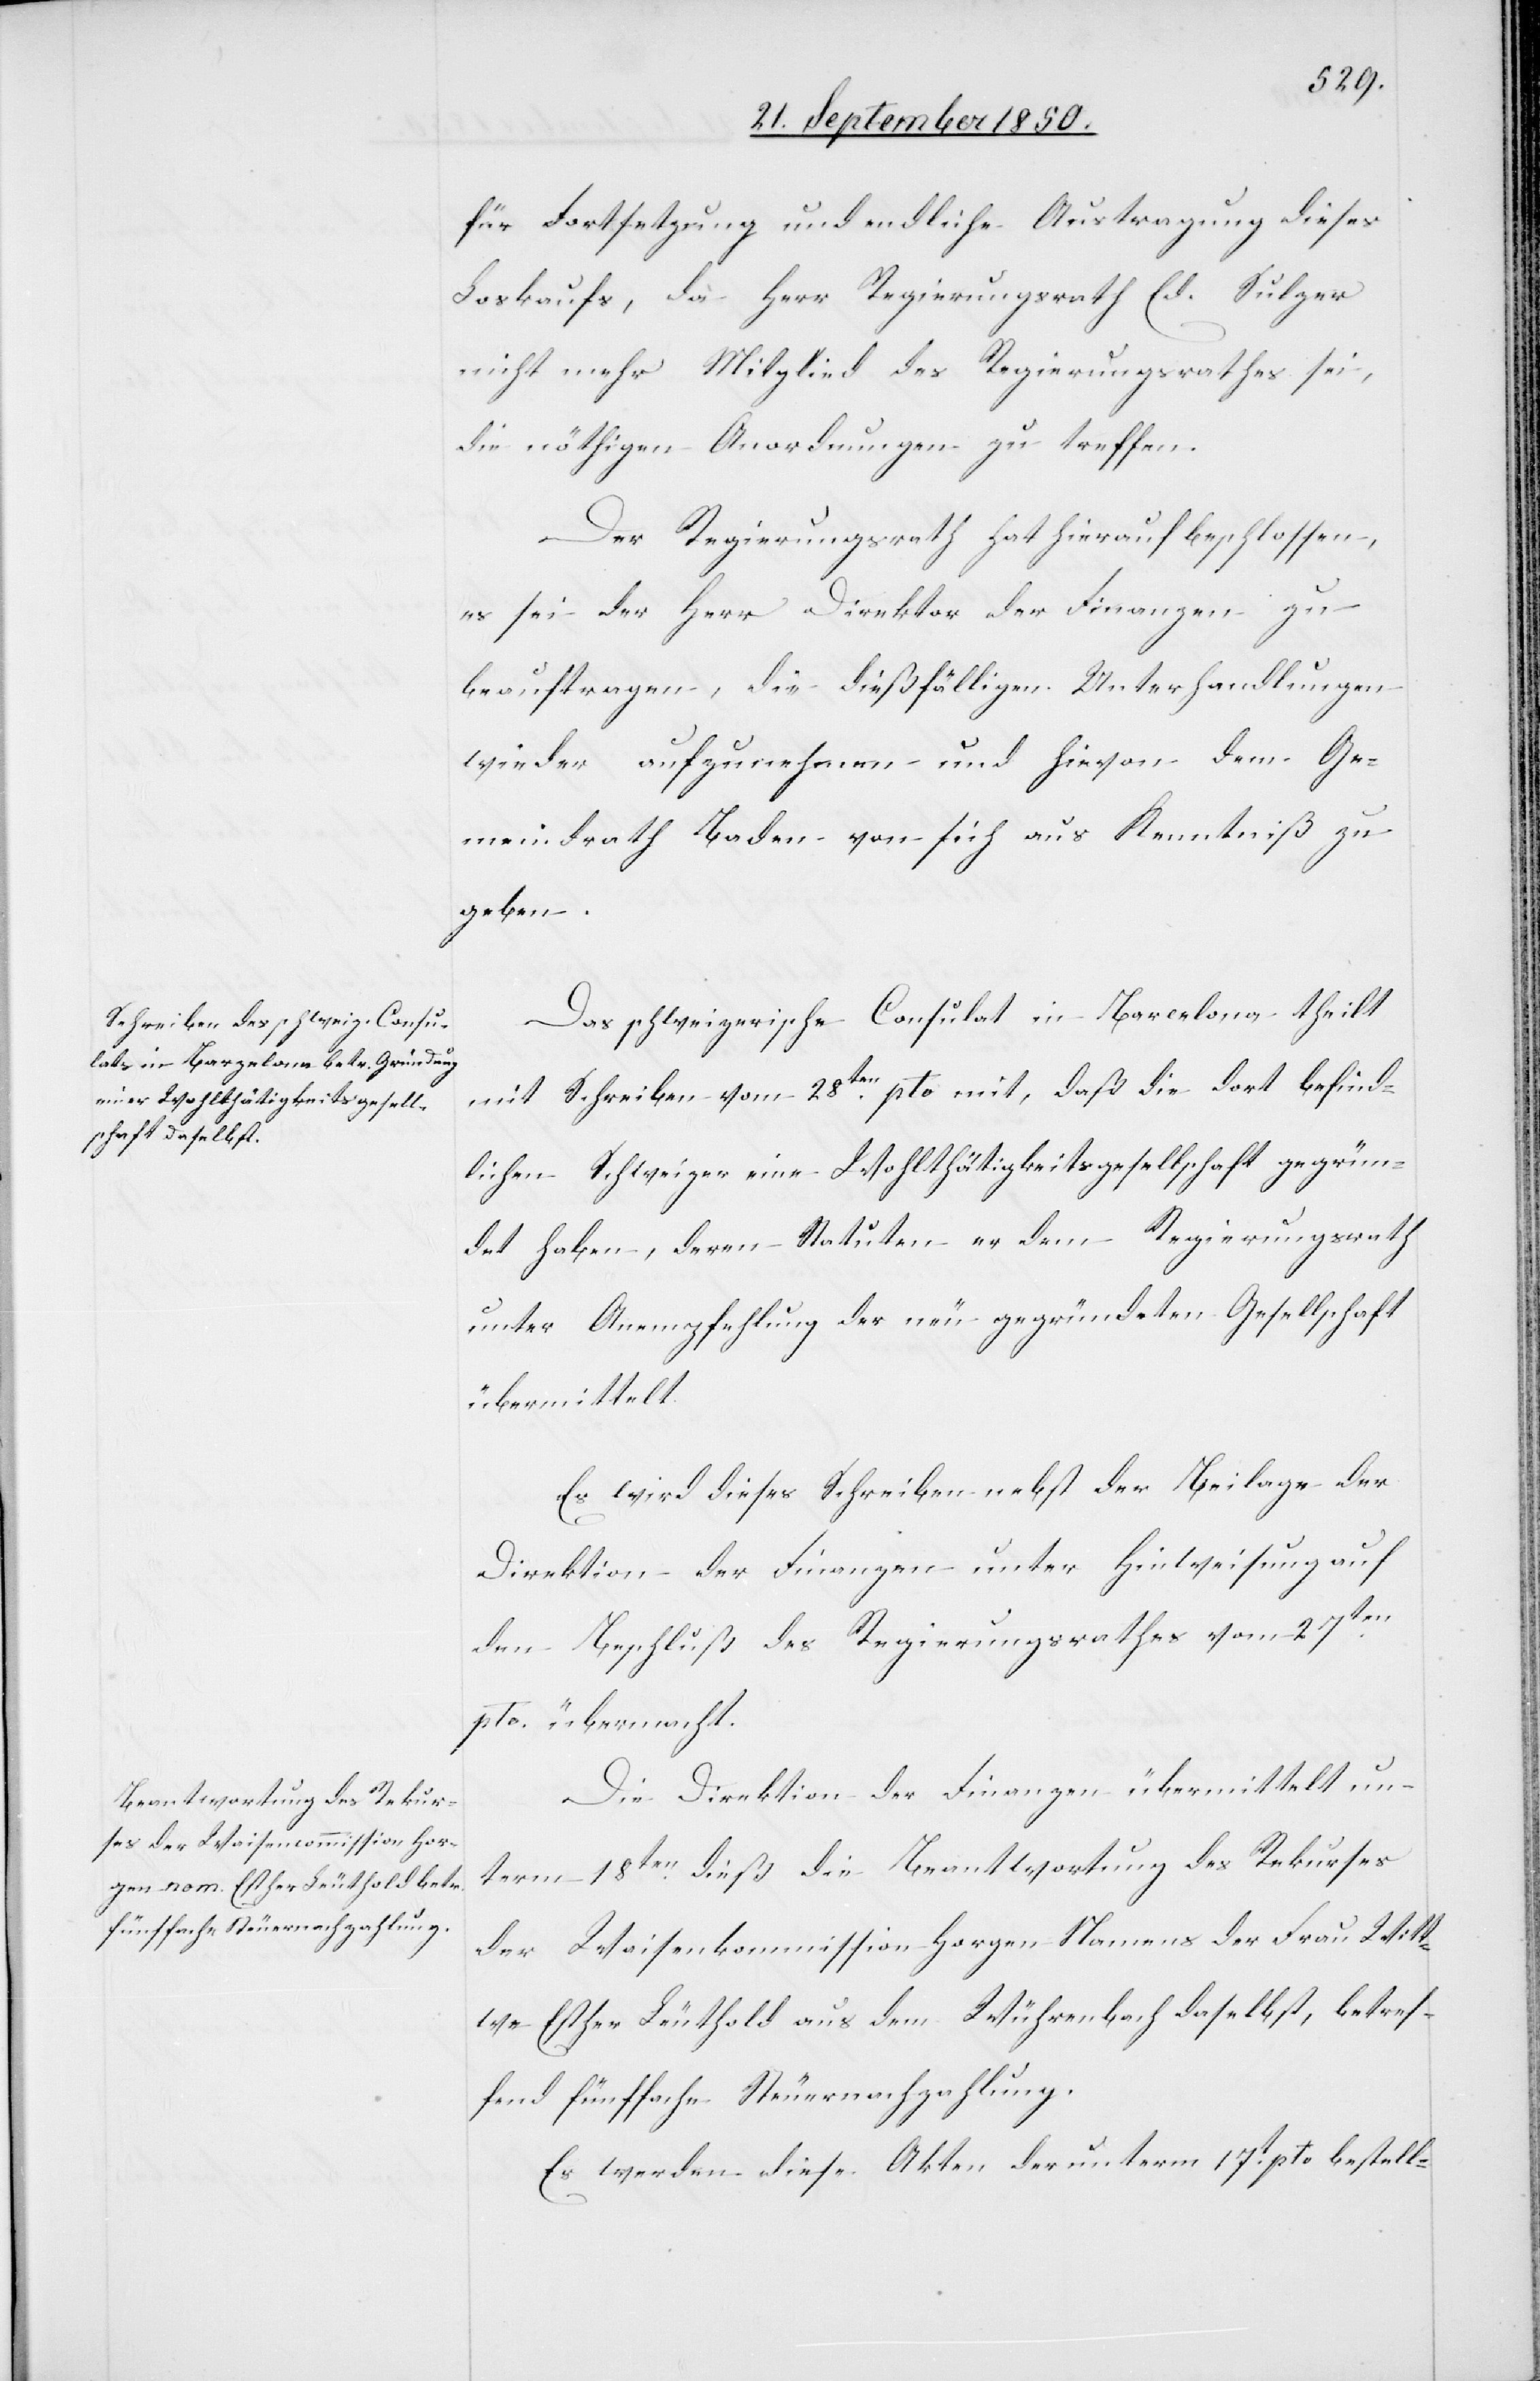
für Fortsetzung und endliche Austragung dieses
Loskaufs, da Herr Regierungsrath Ed. Sulzer
nicht mehr Mitglied des Regierungsrathes sei,
die nöthigen Anordnungen zu treffen.
Der Regierungsrath hat hierauf beschlossen,
es sei der Herr Direktor der Finanzen zu
beauftragen, die dießfälligen Unterhandlungen
wieder aufzunehmen und hievon dem Ge¬
meindrath Baden von sich aus Kenntniß zu
geben.
Das schweizerische Consulat in Barcelona theilt
mit Schreiben vom 28ten pto mit, daß die dort befind¬
lichen Schweizer eine Wohlthätigkeitsgesellschaft gegrün¬
det haben, deren Statuten er dem Regierungsrath
unter Anempfehlung der neu gegründeten Gesellschaft
übermittelt.
Es wird dieses Schreiben nebst der Beilage der
Direktion der Finanzen unter Hinweisung auf
den Beschluß des Regierungsrathes vom 27ten
pto. übermacht.
Die Direktion der Finanzen übermittelt un¬
term 18ten dieß die Beantwortung des Rekurses
der Waisenkommission Horgen Namens der Frau Witt¬
we Esther Leuthold aus dem Wührenbach daselbst, betref¬
fend fünffache Steuernachzahlung.
Es werden diese Akten der unterm 17t pto bestell-